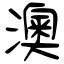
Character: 澳